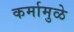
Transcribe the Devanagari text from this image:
कर्मामुळे